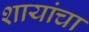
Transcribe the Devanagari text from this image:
शायांचा